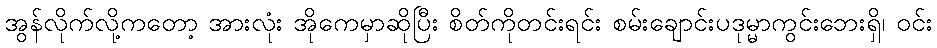
အွန်လိုက်လို့ကတော့ အားလုံး အိုကေမှာဆိုပြီး စိတ်ကိုတင်းရင်း စမ်းချောင်းပဒုမ္မာကွင်းဘေးရှိ၊ ဝင်း